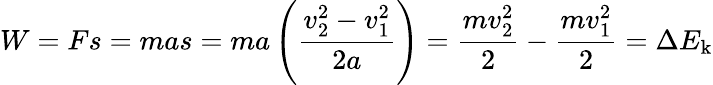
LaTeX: W=Fs=mas=ma\left({\frac{v_{2}^{2}-v_{1}^{2}}{2a}}\right)={\frac{mv_{2}^{2}}{2}}-{\frac{mv_{1}^{2}}{2}}=\Delta{E_{\mathrm{k}}}